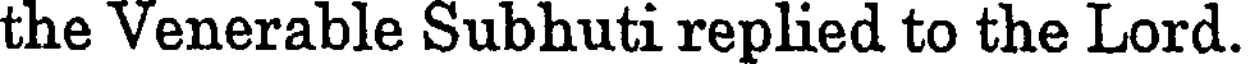
the Venerable Subhuti replied to the Lord.